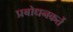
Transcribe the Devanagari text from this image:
प्रबोधनकर्ते